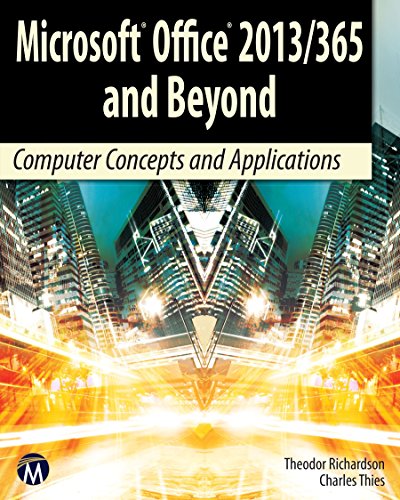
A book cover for Microsoft Office 2013/365 and Beyond: Computer Concepts and Applications (Computer Science); Theodor Richardson; Computers & Technology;